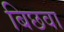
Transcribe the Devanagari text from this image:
बिछवा